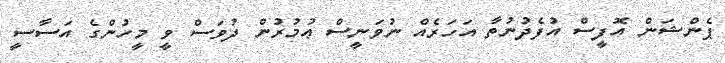
ޕެންޝަން އޮފީސް އުފެދުނުތާ އަހަރެއް ނުވަނީސް ޢުމުރުން ދުވަސް ވީ މީހުންގެ އަސާސީ